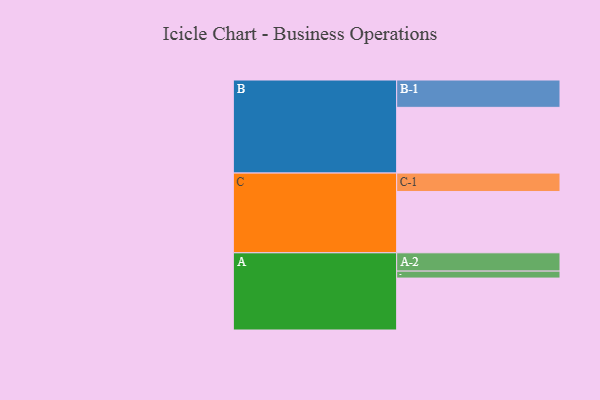
{"axis": {"x": "Segment", "y": "Value"}, "legend": ["", "A", "B", "C"], "data": [{"x": "A", "y": 448, "type": ""}, {"x": "B", "y": 567, "type": ""}, {"x": "C", "y": 529, "type": ""}, {"x": "A-1", "y": 60, "type": "A"}, {"x": "A-2", "y": 158, "type": "A"}, {"x": "B-1", "y": 236, "type": "B"}, {"x": "C-1", "y": 159, "type": "C"}]}